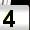
Digit: 4